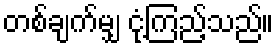
တစ်ချက်မျှ ငုံ့ကြည့်သည်။